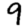
Digit: 9